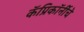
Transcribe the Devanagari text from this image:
कॅप्रिकॉर्नीचे